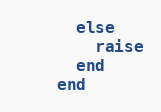
Language: Ruby
      else
        raise
      end
    end